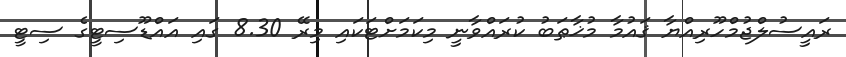
ރައީސުލްޖުމްހޫރިއްޔާ ޤައުމާ މުޚާޠަބު ކުރައްވާނީ މިކަމަށްޓަކައި މިރޭ 8.30 ގައި އައްޑޫސިޓީގެ ސިޓީ